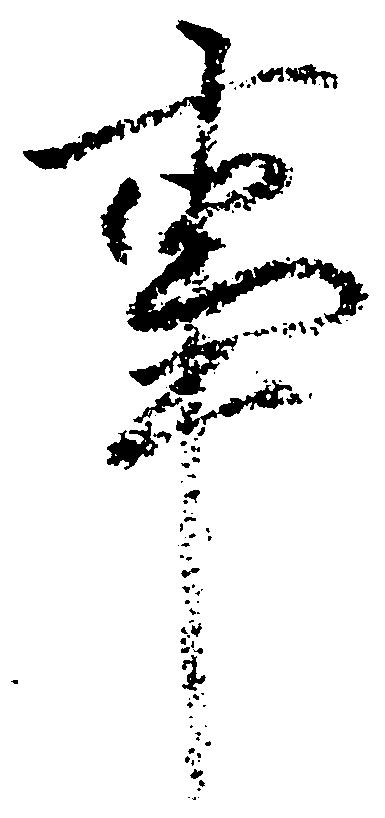
事